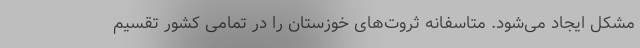
مشکل ایجاد می‌شود. متاسفانه ثروت‌های خوزستان را در تمامی کشور تقسیم